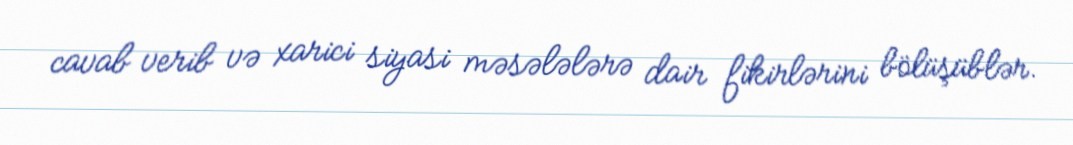
cavab verib və xarici siyasi məsələlərə dair fikirlərini bölüşüblər.